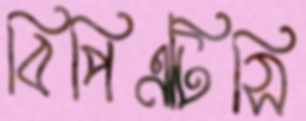
বিপিএটিসি